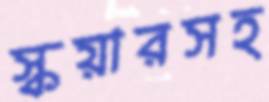
স্কয়ারসহ